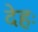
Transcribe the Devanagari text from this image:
देहः